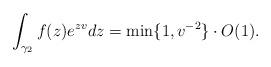
LaTeX: \begin{align*} \int_{\gamma_2}f(z)e^{zv}dz=\min\{1,v^{-2}\}\cdot O(1). \end{align*}